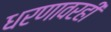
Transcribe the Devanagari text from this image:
धरणावरही